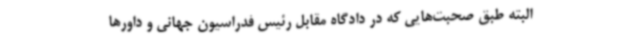
البته طبق صحبت‌هایی که در دادگاه مقابل رئیس فدراسیون جهانی و داورها